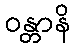
ဝန္တာနိ